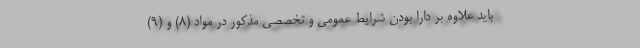
باید علاوه بر دارا بودن شرایط عمومی و تخصصی مذکور در مواد (۸) و (۹)